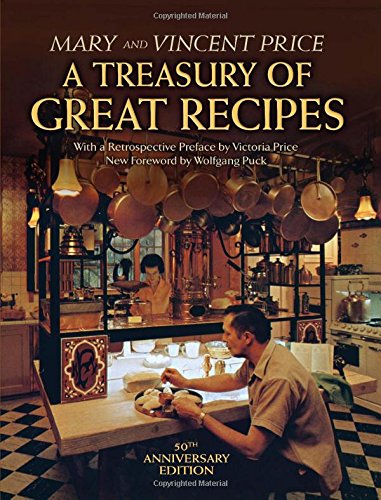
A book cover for A Treasury of Great Recipes, 50th Anniversary Edition: Famous Specialties of the World's Foremost Restaurants Adapted for the American Kitchen (Calla Editions); Vincent Price; Cookbooks, Food & Wine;